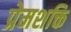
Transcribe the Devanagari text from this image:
प्रेमशक्ति